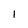
Character: 1